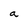
Character: a